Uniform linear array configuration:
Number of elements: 32
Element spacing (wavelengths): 0.75
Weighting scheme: hann
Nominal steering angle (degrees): -60
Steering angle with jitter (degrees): -60.616
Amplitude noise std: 0.05
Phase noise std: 0.05

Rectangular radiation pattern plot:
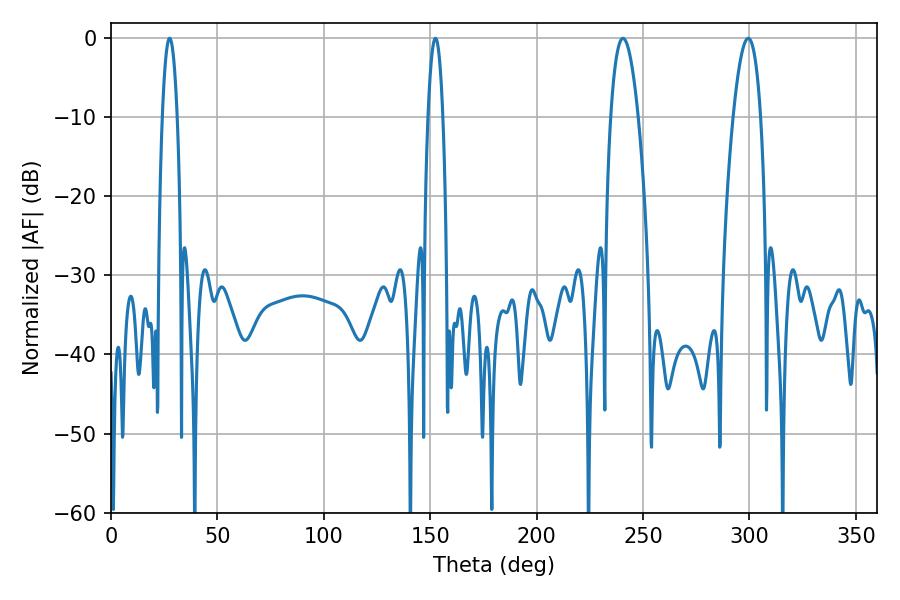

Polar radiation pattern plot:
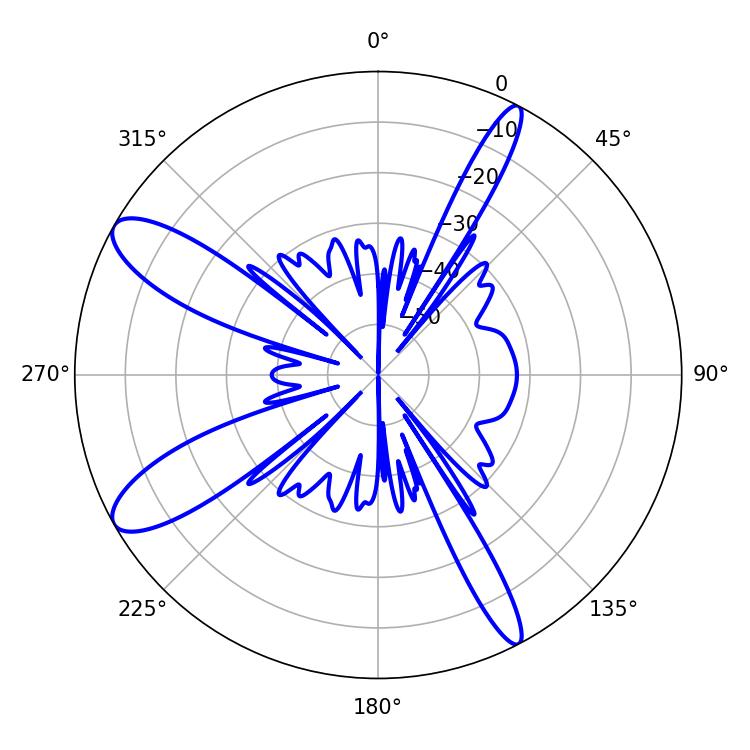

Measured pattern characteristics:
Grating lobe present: TRUE
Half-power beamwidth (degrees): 3.96
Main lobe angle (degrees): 27.54